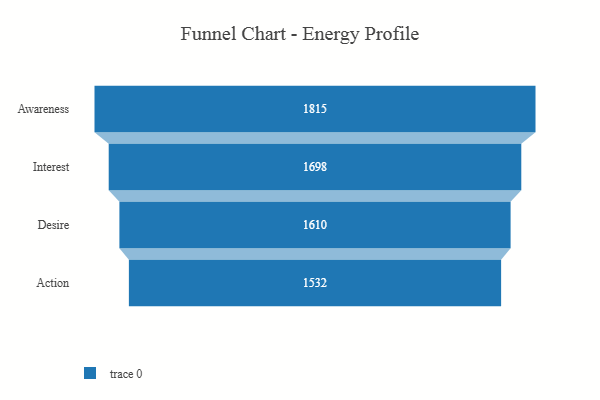
{"axis": {"x": "Stage", "y": "Value"}, "legend": [""], "data": [{"x": "Awareness", "y": 1815.0, "type": ""}, {"x": "Interest", "y": 1698.0, "type": ""}, {"x": "Desire", "y": 1610.0, "type": ""}, {"x": "Action", "y": 1532.0, "type": ""}]}